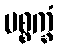
ပစ္စက္ခံ